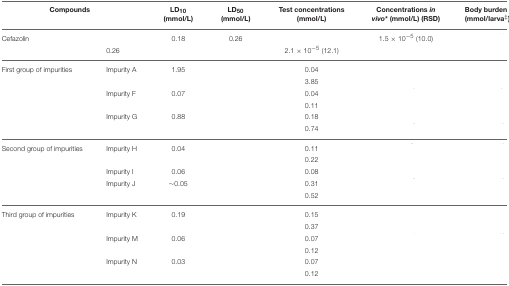
<table><thead><tr><td colspan="2"><b>Compounds</b></td><td><b>LD<sub>10</sub> (mmol/L)</b></td><td><b>LD<sub>50</sub> (mmol/L)</b></td><td><b>Test concentrations (mmol/L)</b></td><td><b>Concentrations <i>in vivo</i><sup>*</sup> (mmol/L) (RSD)</b></td><td><b>Body burden (mmol/larva<sup>‡</sup>)</b></td></tr></thead><tbody><tr><td colspan="2">Cefazolin</td><td>0.18</td><td>0.26</td><td>[EMPTY_CELL]</td><td>1.5 × 10<sup>−5</sup> (10.0)</td><td>[EMPTY_CELL]</td></tr><tr><td>[EMPTY_CELL]</td><td>0.26</td><td>[EMPTY_CELL]</td><td>[EMPTY_CELL]</td><td>2.1 × 10<sup>−5</sup> (12.1)</td><td>[EMPTY_CELL]</td><td>[EMPTY_CELL]</td></tr><tr><td>First group of impurities</td><td>Impurity A</td><td>1.95</td><td>[EMPTY_CELL]</td><td>0.04</td><td>[EMPTY_CELL]</td><td>[EMPTY_CELL]</td></tr><tr><td>[EMPTY_CELL]</td><td>[EMPTY_CELL]</td><td>[EMPTY_CELL]</td><td>[EMPTY_CELL]</td><td>3.85</td><td>[EMPTY_CELL]</td><td>[EMPTY_CELL]</td></tr><tr><td>[EMPTY_CELL]</td><td>Impurity F</td><td>0.07</td><td>[EMPTY_CELL]</td><td>0.04</td><td>[EMPTY_CELL]</td><td>[EMPTY_CELL]</td></tr><tr><td>[EMPTY_CELL]</td><td>[EMPTY_CELL]</td><td>[EMPTY_CELL]</td><td>[EMPTY_CELL]</td><td>0.11</td><td>[EMPTY_CELL]</td><td>[EMPTY_CELL]</td></tr><tr><td>[EMPTY_CELL]</td><td>Impurity G</td><td>0.88</td><td>[EMPTY_CELL]</td><td>0.18</td><td>[EMPTY_CELL]</td><td>[EMPTY_CELL]</td></tr><tr><td>[EMPTY_CELL]</td><td>[EMPTY_CELL]</td><td>[EMPTY_CELL]</td><td>[EMPTY_CELL]</td><td>0.74</td><td>[EMPTY_CELL]</td><td>[EMPTY_CELL]</td></tr><tr><td>Second group of impurities</td><td>Impurity H</td><td>0.04</td><td>[EMPTY_CELL]</td><td>0.11</td><td>[EMPTY_CELL]</td><td>[EMPTY_CELL]</td></tr><tr><td>[EMPTY_CELL]</td><td>[EMPTY_CELL]</td><td>[EMPTY_CELL]</td><td>[EMPTY_CELL]</td><td>0.22</td><td>[EMPTY_CELL]</td><td>[EMPTY_CELL]</td></tr><tr><td>[EMPTY_CELL]</td><td>Impurity I</td><td>0.06</td><td>[EMPTY_CELL]</td><td>0.08</td><td>[EMPTY_CELL]</td><td>[EMPTY_CELL]</td></tr><tr><td>[EMPTY_CELL]</td><td>Impurity J</td><td>~0.05</td><td>[EMPTY_CELL]</td><td>0.31</td><td>[EMPTY_CELL]</td><td>[EMPTY_CELL]</td></tr><tr><td>[EMPTY_CELL]</td><td>[EMPTY_CELL]</td><td>[EMPTY_CELL]</td><td>[EMPTY_CELL]</td><td>0.52</td><td>[EMPTY_CELL]</td><td>[EMPTY_CELL]</td></tr><tr><td>Third group of impurities</td><td>Impurity K</td><td>0.19</td><td>[EMPTY_CELL]</td><td>0.15</td><td>[EMPTY_CELL]</td><td>[EMPTY_CELL]</td></tr><tr><td>[EMPTY_CELL]</td><td>[EMPTY_CELL]</td><td>[EMPTY_CELL]</td><td>[EMPTY_CELL]</td><td>0.37</td><td>[EMPTY_CELL]</td><td>[EMPTY_CELL]</td></tr><tr><td>[EMPTY_CELL]</td><td>Impurity M</td><td>0.06</td><td>[EMPTY_CELL]</td><td>0.07</td><td>[EMPTY_CELL]</td><td>[EMPTY_CELL]</td></tr><tr><td>[EMPTY_CELL]</td><td>[EMPTY_CELL]</td><td>[EMPTY_CELL]</td><td>[EMPTY_CELL]</td><td>0.12</td><td>[EMPTY_CELL]</td><td>[EMPTY_CELL]</td></tr><tr><td>[EMPTY_CELL]</td><td>Impurity N</td><td>0.03</td><td>[EMPTY_CELL]</td><td>0.07</td><td>[EMPTY_CELL]</td><td>[EMPTY_CELL]</td></tr><tr><td>[EMPTY_CELL]</td><td>[EMPTY_CELL]</td><td>[EMPTY_CELL]</td><td>[EMPTY_CELL]</td><td>0.12</td><td>[EMPTY_CELL]</td><td>[EMPTY_CELL]</td></tr></tbody></table>